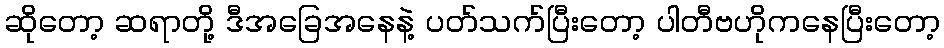
ဆိုတော့ ဆရာတို့ ဒီအခြေအနေနဲ့ ပတ်သက်ပြီးတော့ ပါတီဗဟိုကနေပြီးတော့